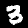
Label: 3